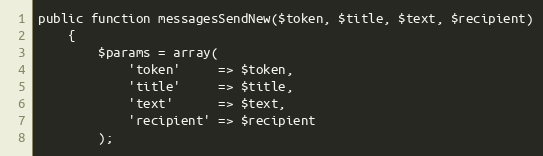
Language: PHP
public function messagesSendNew($token, $title, $text, $recipient)
    {
        $params = array(
            'token'     => $token,
            'title'     => $title,
            'text'      => $text,
            'recipient' => $recipient
        );